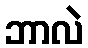
ဘာလဲ